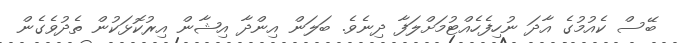
ބޭސް ކެއުމުގެ އާދަ ނުހިފެހެއްޓުމަށްލަފާ ދިނެވެ. ބަލަން އިންދާ އިޝާން އިރުކޮޅަކުން ތެދުވެގެން